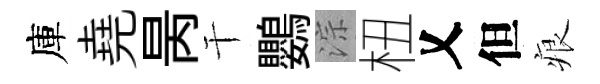
庫堯昺干鸚淙杻乂但痕